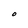
Character: O